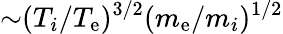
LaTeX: {\sim}(T_{i}/T_{\mathrm{e}})^{3/2}(m_{\mathrm{e}}/m_{i})^{1/2}